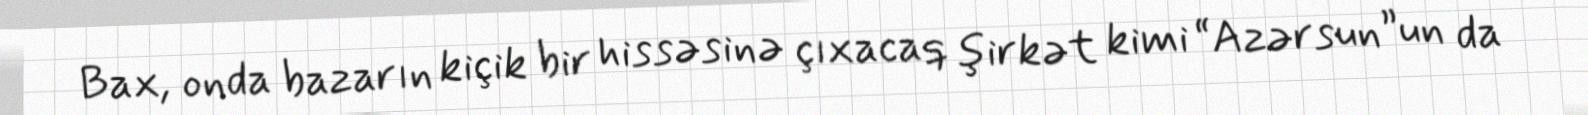
Bax, onda bazarın kiçik bir hissəsinə çıxacaq şirkət kimi “Azərsun”un da